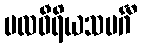
ဗလဝီရိယသမင်္ဂီ